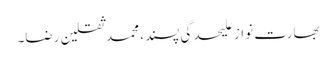
بھارت نواز علیحدگی پسند، محمد ثقلین رضا۔